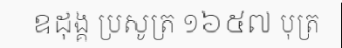
ឧដុង្គ ប្រសូត្រ ១៦៥៧ បុត្រ